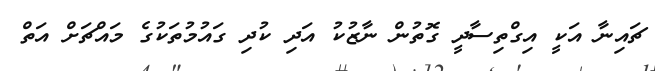
ޗައިނާ އަކީ އިގްތިސާދީ ގޮތުން ނާޒުކު އަދި ކުދި ގައުމުތަކުގެ މައްޗަށް އަތް